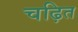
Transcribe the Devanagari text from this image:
चढ़ित